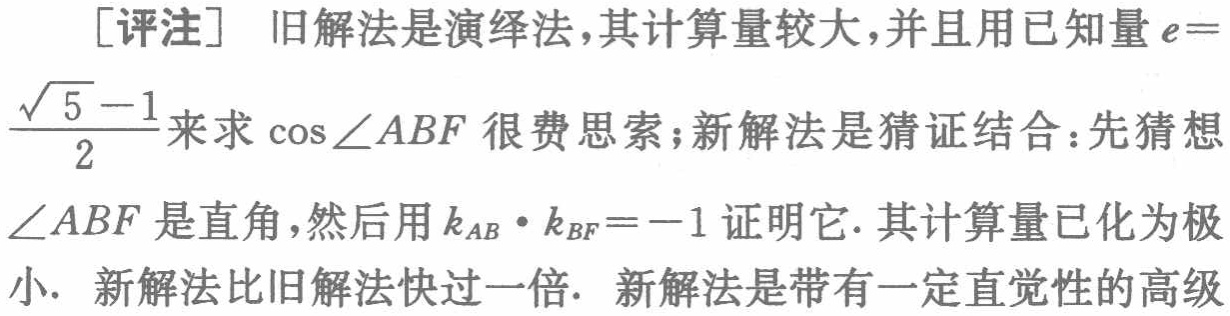
[评注] 旧解法是演绎法,其计算量较大,并且用已知量 \(e = \frac{\sqrt{5}-1}{2}\) 来求 \(\cos\angle ABF\) 很费思索；新解法是猜证结合：先猜想 \(\angle ABF\) 是直角,然后用 \(k_{AB}\cdot k_{BF}=-1\) 证明它. 其计算量已化为极小. 新解法比旧解法快过一倍. 新解法是带有一定直觉性的高级